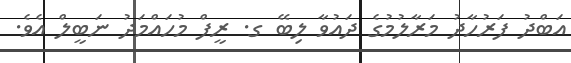
އަބްދު ފަރުހާދު މަރާލުމުގެ ދައުވާ ލިބޭ ގ. ރީފް މުހައްމަދު ނަބީލް އެވެ.